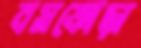
বসফোড়া